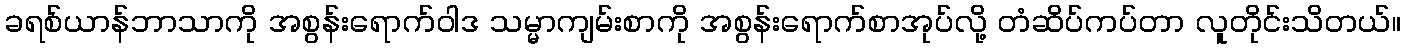
ခရစ်ယာန်ဘာသာကို အစွန်းရောက်ဝါဒ သမ္မာကျမ်းစာကို အစွန်းရောက်စာအုပ်လို့ တံဆိပ်ကပ်တာ လူတိုင်းသိတယ်။